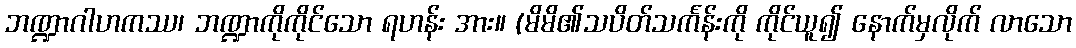
ဘဏ္ဍာဂါဟကဿ၊ ဘဏ္ဍာကိုကိုင်သော ရဟန်း အား။ (မိမိ၏သပိတ်သင်္ကန်းကို ကိုင်ယူ၍ နောက်မှလိုက် လာသော